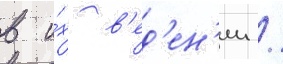
в и́х в'ед'ен'ии /